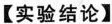
【实验结论】